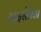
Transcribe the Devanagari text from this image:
नाइसेरिया